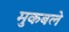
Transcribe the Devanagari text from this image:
मुकबले